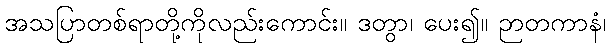
အသပြာတစ်ရာတို့ကိုလည်းကောင်း။ ဒတွာ၊ ပေး၍။ ဉာတကာနံ၊